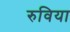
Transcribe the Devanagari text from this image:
रुविया